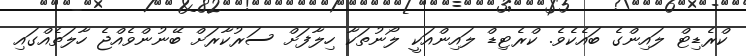
ކްރެޑިޓް ލައިންގެ ބައެކެވެ. ކްރެޓިޑް ލައިންއަކީ ލޯނުތަކާ ހިލާފަށް ސަރުކާރަށް ބޭނުންވެއްޖެ ހާލަތެއްގައި